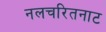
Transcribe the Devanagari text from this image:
नलचरितनाट